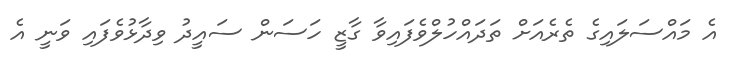
އެ މައްސަލައިގެ ތެރެއަށް ތަދައްހުލްވެފައިވާ ގާޒީ ހަސަން ސައީދު ވިދާޅުވެފައި ވަނީ އެ